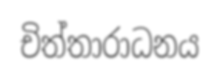
චිත්තාරාධනය